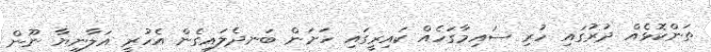
ތަންކޮޅެއް ދުރުގައި ހުރި ސައިމާގަހެއް ކައިރީގައި ހަށަން ބަނދެލައިގެން އެހުރީ އަލާނިޔާ ނޫން